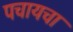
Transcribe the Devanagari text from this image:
पचायचा